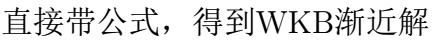
直接带公式，得到WKB渐近解